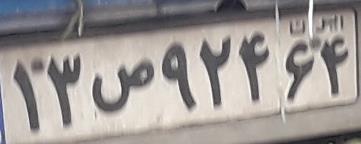
۱۳ص۹۲۴۶۴